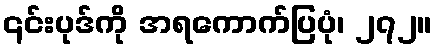
၎င်းပုဒ်ကို အရကောက်ပြပုံ၊ ၂၇၂။